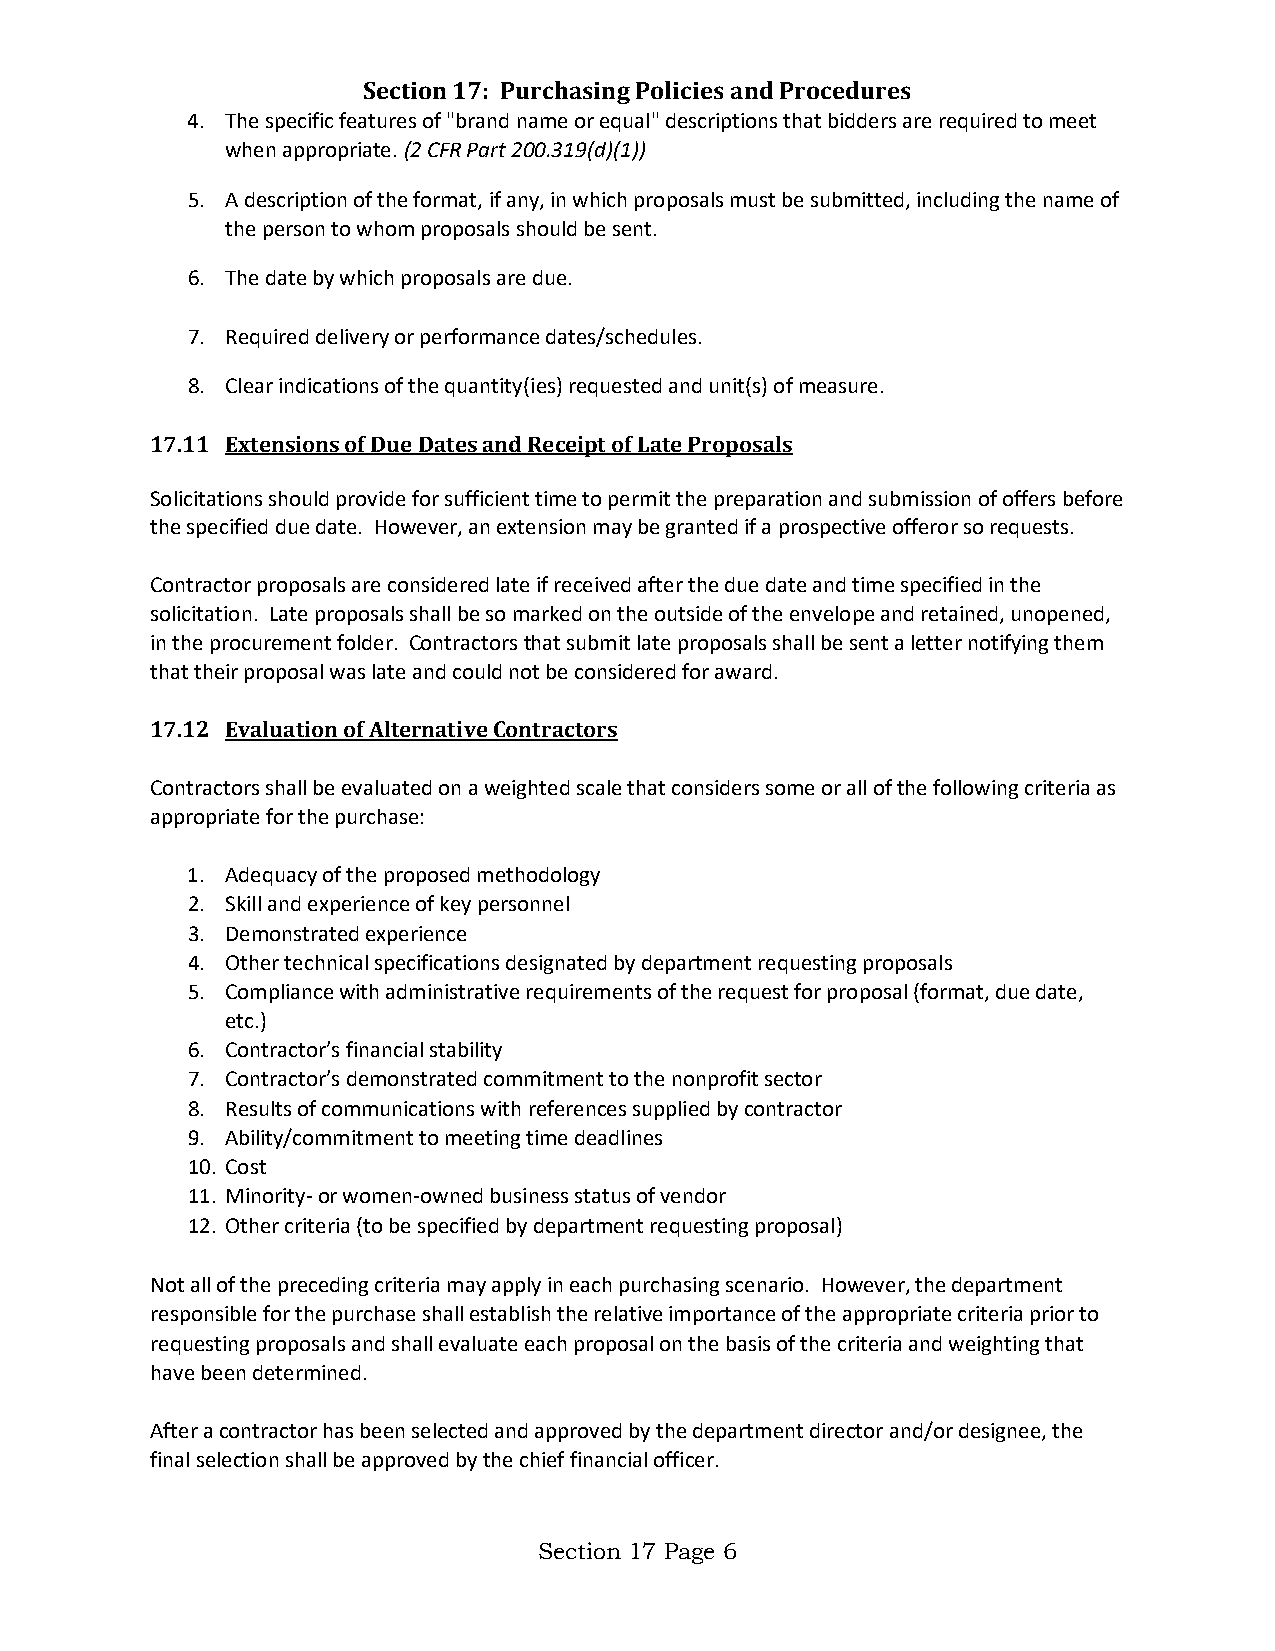
Section 17: Purchasing Policies and Procedures
 4. The specific features of "brand name or equal" descriptions that bidders are required to meet
 when appropriate. (2 CFR Part 200.319(d)(1))
 5. A description of the format, if any, in which proposals must be submitted, including the name of
 the person to whom proposals should be sent.
 6. The date by which proposals are due.
 7. Required delivery or performance dates/schedules.
 8. Clear indications of the quantity(ies) requested and unit(s) of measure.
 17.11 Extensions of Due Dates and Receipt of Late Proposals
 Solicitations should provide for sufficient time to permit the preparation and submission of offers before
 the specified due date. However, an extension may be granted if a prospective offeror so requests.
 Contractor proposals are considered late if received after the due date and time specified in the
 solicitation. Late proposals shall be so marked on the outside of the envelope and retained, unopened,
 in the procurement folder. Contractors that submit late proposals shall be sent a letter notifying them
 that their proposal was late and could not be considered for award.
 17.12 Evaluation of Alternative Contractors
 Contractors shall be evaluated on a weighted scale that considers some or all of the following criteria as
 appropriate for the purchase:
 1. Adequacy of the proposed methodology
 2. Skill and experience of key personnel
 3. Demonstrated experience
 4. Other technical specifications designated by department requesting proposals
 5. Compliance with administrative requirements of the request for proposal (format, due date,
 etc.)
 6. Contractor’s financial stability
 7. Contractor’s demonstrated commitment to the nonprofit sector
 8. Results of communications with references supplied by contractor
 9. Ability/commitment to meeting time deadlines
 10. Cost
 11. Minority- or women-owned business status of vendor
 12. Other criteria (to be specified by department requesting proposal)
 Not all of the preceding criteria may apply in each purchasing scenario. However, the department
 responsible for the purchase shall establish the relative importance of the appropriate criteria prior to
 requesting proposals and shall evaluate each proposal on the basis of the criteria and weighting that
 have been determined.
 After a contractor has been selected and approved by the department director and/or designee, the
 final selection shall be approved by the chief financial officer.
 Section 17 Page 6